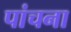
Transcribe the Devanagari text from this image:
पांचना